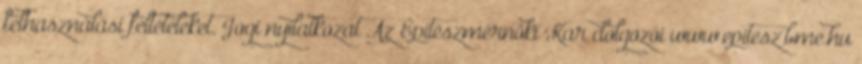
felhasználási feltételeket. Jogi nyilatkozat Az Építészmérnöki Kar dolgozói www.epitesz.bme.hu